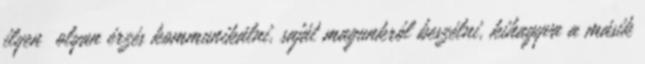
ilyen olyan érzés kommunikálni, saját magunkról beszélni, kihagyva a másik